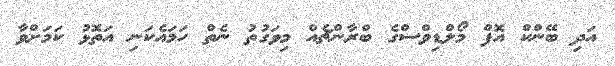
އަދި ބޭންކް އޮފް މޯލްޑިވްސްގެ ބްރާންޗެއް މިވަގުތު ނެތް ހަމައެކަނި އަތޮޅު ކަމަށްވާ